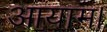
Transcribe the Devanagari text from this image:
आयाम।